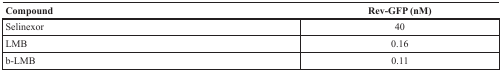
<table><thead><tr><td><b>Compound</b></td><td><b>Rev-GFP (nM)</b></td></tr></thead><tbody><tr><td>Selinexor</td><td>40</td></tr><tr><td>LMB</td><td>0.16</td></tr><tr><td>b-LMB</td><td>0.11</td></tr></tbody></table>